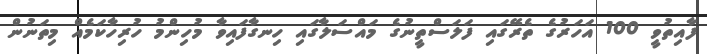
ފާއިތުވީ 100 އަހަރުގެ ތެރޭގައި ފަލަސްތީނުގެ މައްސަލާގައި ހިނގާފައިވާ މުހިންމު ހުރިހާކަމެއް މިތަނުން